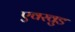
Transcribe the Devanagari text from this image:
एवरवुड